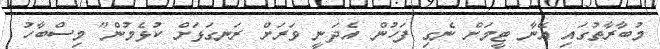
މުބާރާތުގައި އޭނާ ޓީމަށް ނެގި ފަހުން އެދަނީ ވަރަށް ރަނގަޅަށް ކުޅެމުން" މިސްބާހު